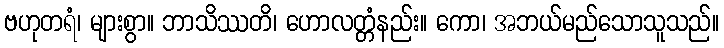
ဗဟုတရံ၊ များစွာ။ ဘာသိဿတိ၊ ဟောလတ္တံနည်း။ ကော၊ အဘယ်မည်သောသူသည်။